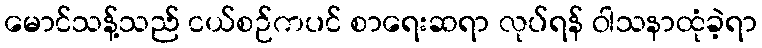
မောင်သန့်သည် ငယ်စဉ်ကပင် စာရေးဆရာ လုပ်ရန် ဝါသနာထုံခဲ့ရာ